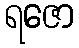
ရဇော